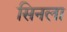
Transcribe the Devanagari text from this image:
सिनला